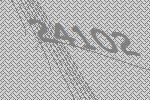
24102